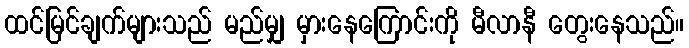
ထင်မြင်ချက်များသည် မည်မျှ မှားနေကြောင်းကို မီလာနီ တွေးနေသည်။